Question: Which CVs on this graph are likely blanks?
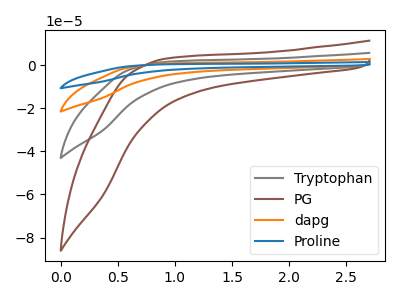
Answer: <think>The gray curve "Tryptophan" has no peaks. The brown curve "PG" has no peaks. The orange curve "dapg" has no peaks. The blue curve "Proline" has no peaks.</think>
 <answer>"Tryptophan", "PG", "dapg" and "Proline" are likely to be blanks.</answer>
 <eval>"Tryptophan", "PG", "dapg", "Proline"</eval>